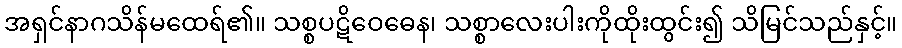
အရှင်နာဂသိန်မထေရ်၏။ သစ္စပဋိဝေဓေန၊ သစ္စာလေးပါးကိုထိုးထွင်း၍ သိမြင်သည်နှင့်။